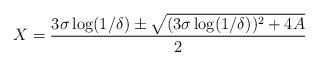
LaTeX: \begin{align*} X = \frac{3 \sigma \log (1/\delta) \pm \sqrt{ (3 \sigma \log (1/\delta))^2 + 4A }}{2}\end{align*}